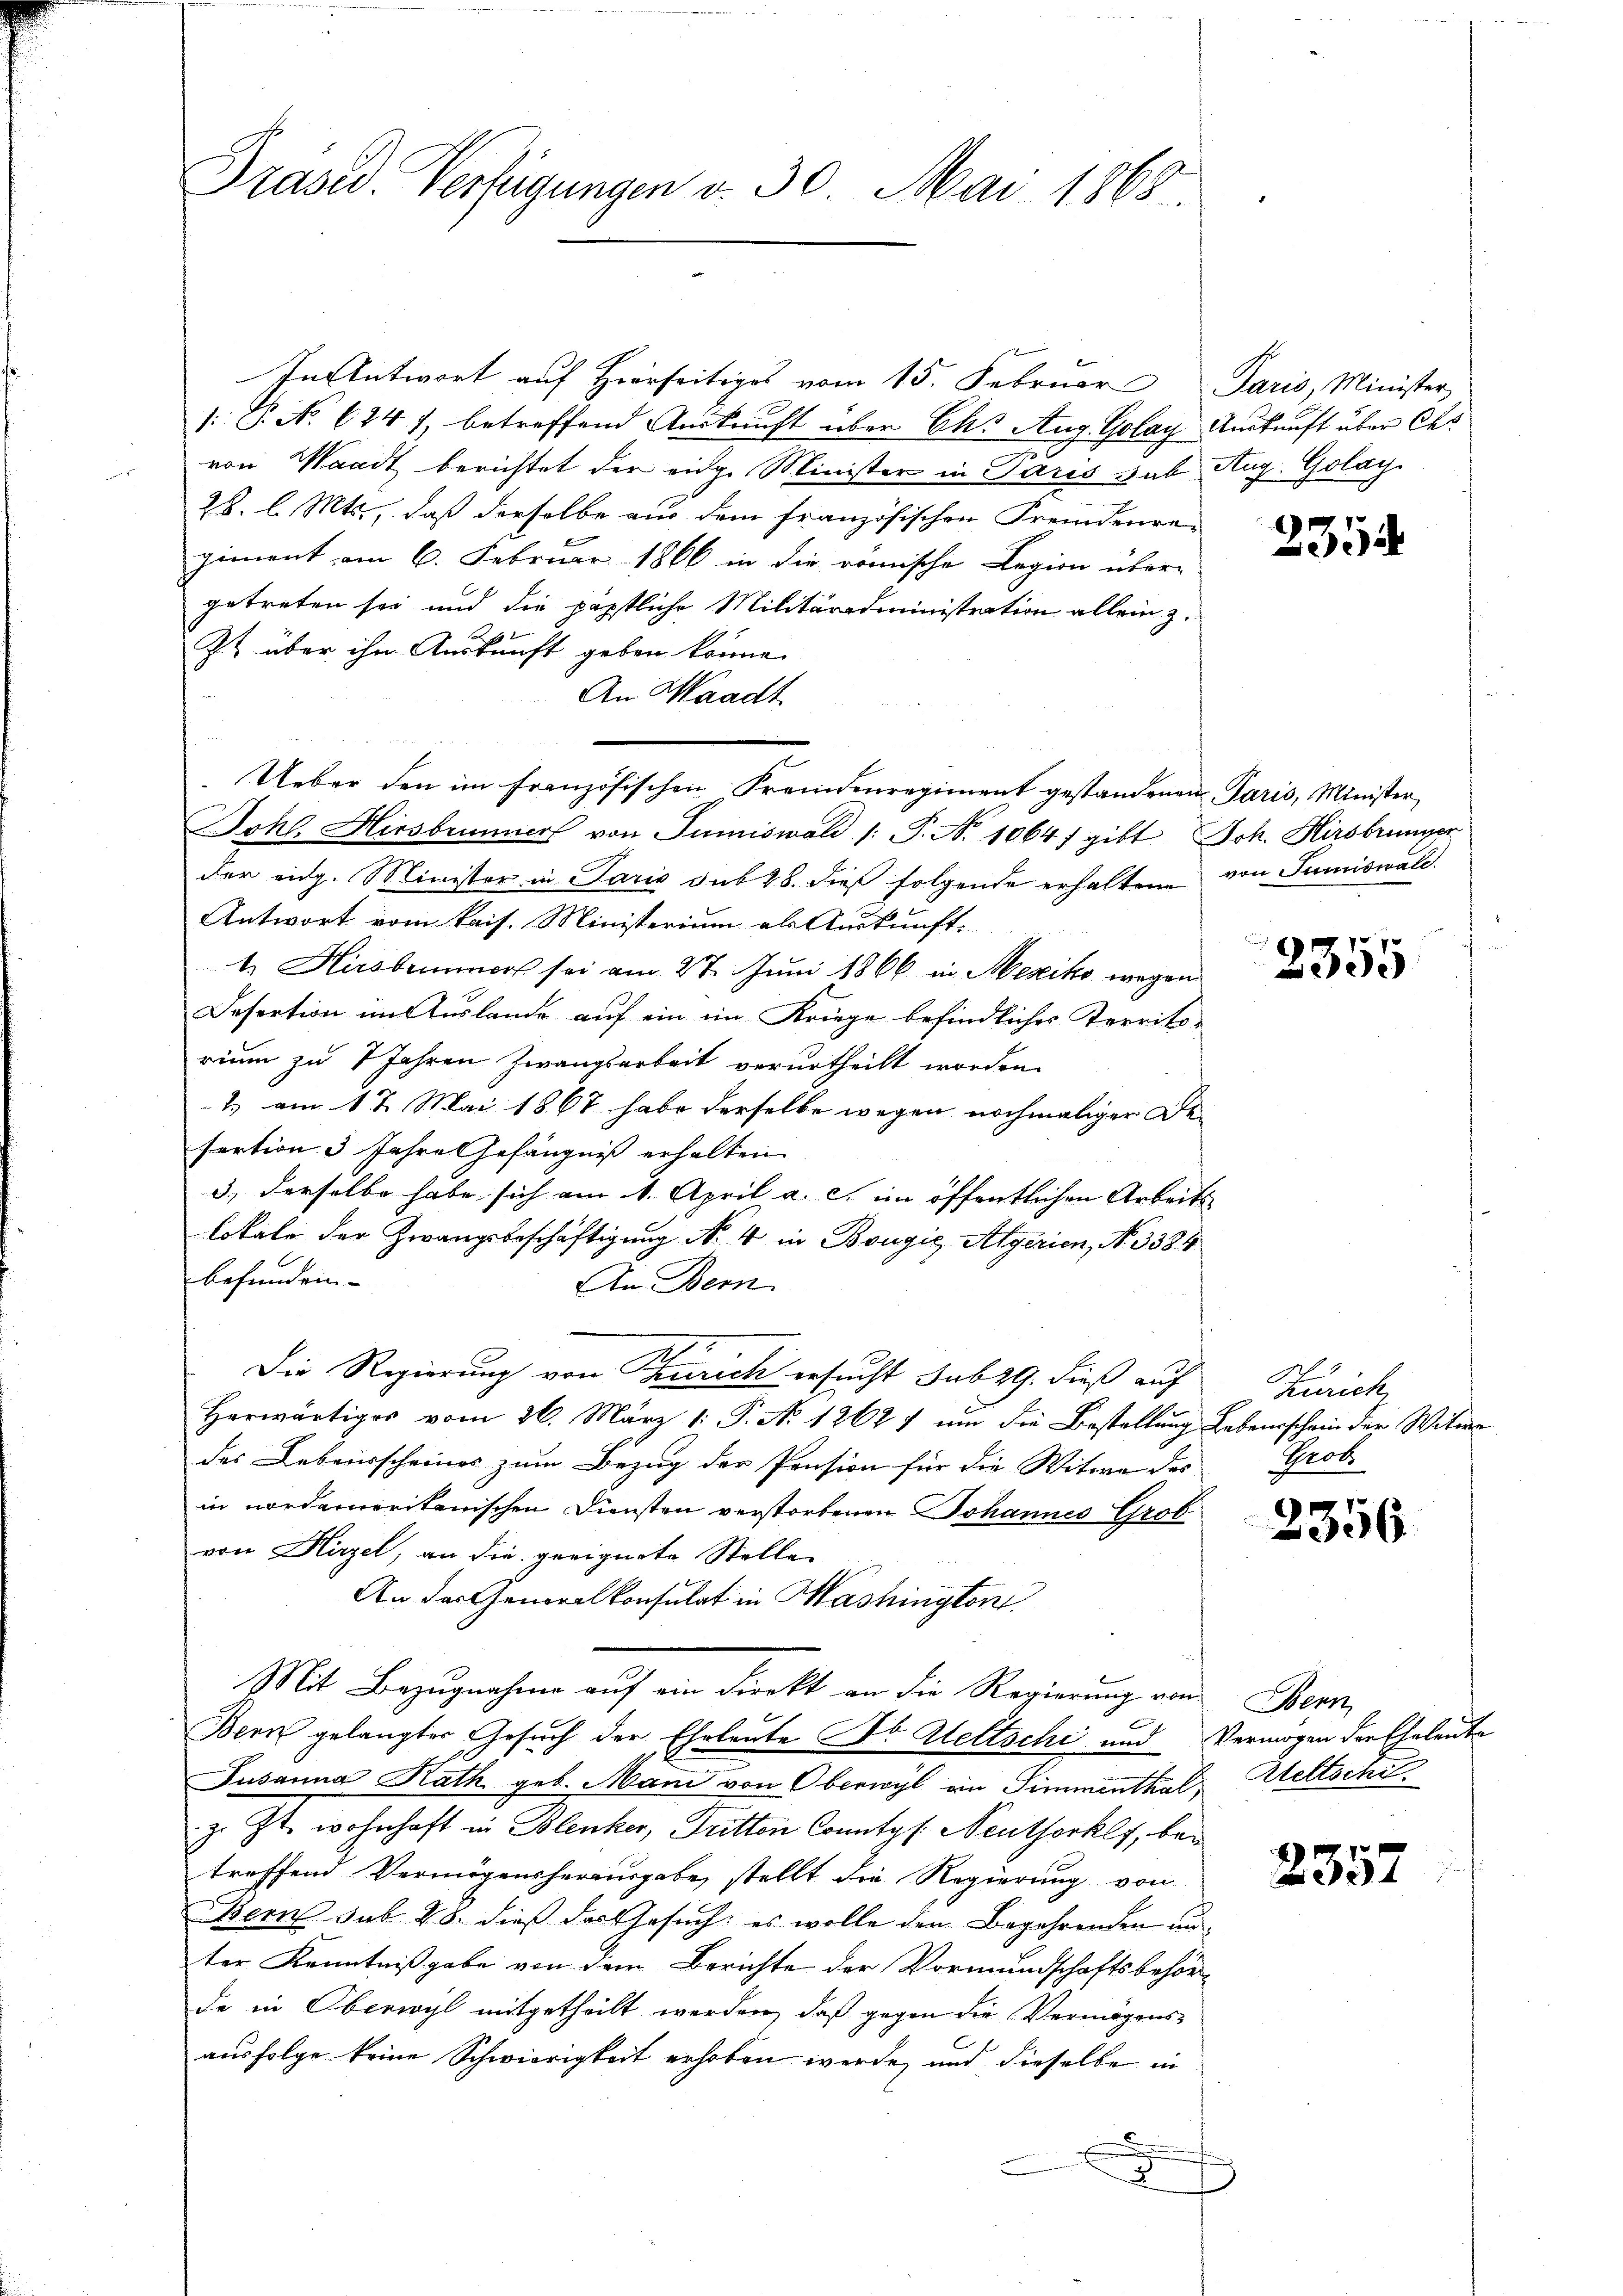
Präsid. Verfügungen v. 30. Mai 1868

In Antwort auf Herrseitiges vom 15. Februar Paris, Minister,
: P. No 624), betreffend Auskunft über Chs Aug. Golay Auskunft über Ces
von Waadt berichtet der eidg. Minister in Paris gab Aug. Golay
28. l. Mts., daß derselbe aus dem französischen Fremdenre-
giment am 6. Februar 1866 in die römische Legion über-
getreten sei und die päpstliche Militäradministration allein z.
Z. über ihn Auskunft geben könne.
An Waadt
Ueber den im französischen Fremdenregiment gestandenen Paris, Minister
Johl. Hirsbummer von Tumiswald (: P. Nr. 1064f gibt Joh. Hirsbrunger
der eidg. Minister in Paris sub 28. dieß folgende erhaltene von Sumiswald
Antwort vom kais. Ministerium als Auskunft-
t. Hirsbrunnert sei am 27. Juni 1866 in Mexiko wegen
Desertion im Auslande auf ein im Kriege befindliches Territo-
rium zu 7 Jahren Zwangsarbeit verurtheilt worden.
2 am 17 Mai 1867 habe derselbe wegen nochmaliger Desertion 3 Jahre Gefängniß erhalten
3., derselbe habe sich am 1. April a. c. im öffentlichen Arbeits
lokale der Zwangsbeschäftigung No 4 in Bougić-Algerien, No. 3384
befunden
An Bern.
7
Die Regierung von Zürich ersucht sub 29. dieß auf
Herwärtiges vom 26. März 1. P. No 1262) um die Bestellung Lebensschein der Witwe
des Lebensscheines zum Bezug der Pension für die Witwe des
in nordameritanischen Diensten verstorbenen Johannes Grob
von Hirzel, an die geeignete Stelle
An das Generalkonsulat in Mashington
Mit Bezugnahme auf ein Direkt an die Regierung von Bern
a
Bern gelangter Gesuch der Eheleute Sr. Keltsche und Vermögen der Eheleute
Susanna Rath geb. Man von Oberwyl an Simmenthal Weltschi
z. Zt. wohnhaft in Blenker, Tritten Conntes: Neuthorkly, bei
treffend Vermögensherausgabe, stellt die Regierung von
Bern sub 28. dieß das Gesuch: es wolle den Begehrenden un
ter Kenntnißgabe von dem Berichte der Vormundschaftsbehörde in Oberwyl mitgetheilt werden, daß gegen die Vermögensausfolge keine Schwierigkeit erhoben werde, und dieselbe in
.

2354

2355

Zürich
Grob

2356

2357